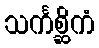
သင်္ကစ္ဆိကံ